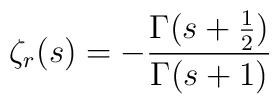
\zeta_r(s) = - {{\Gamma(s + {{1} \over {2}})} \over {\Gamma(s + 1)}}